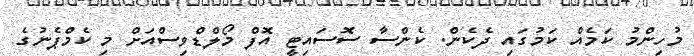
މުހިންމު ކަމެއް ކަމުގައި ދެކެން. ކެންސާ ސޮސައިޓީ އޮފް މޯލްޑްވިސްއަށް މި ކެމްޕެނުގެ